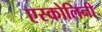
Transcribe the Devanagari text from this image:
एस्कोलिनी